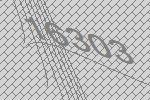
16303